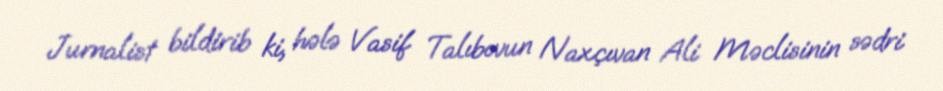
Jurnalist bildirib ki, hələ Vasif Talıbovun Naxçıvan Ali Məclisinin sədri